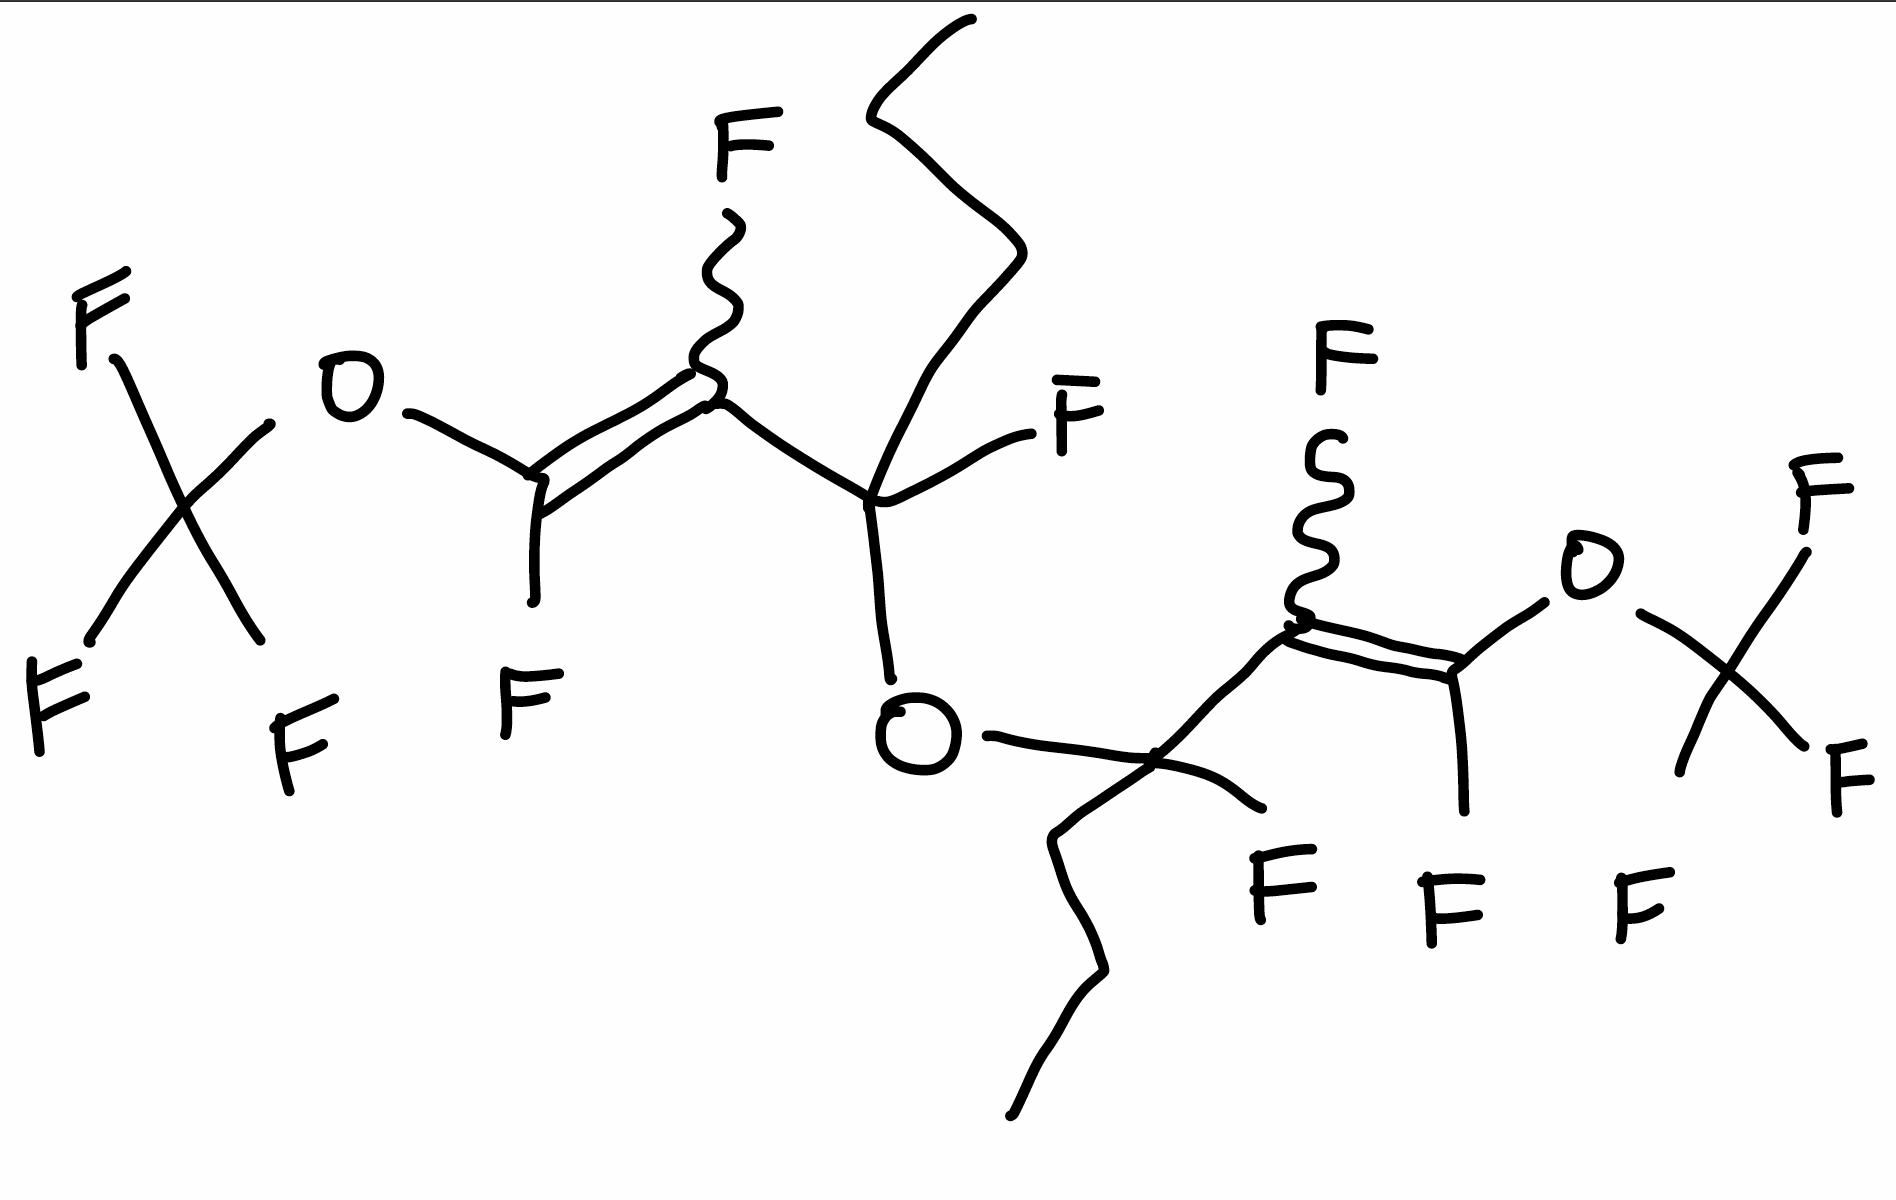
Simplified molecular-input line-entry system (SMILES) notation of the given molecule:
CCCC(C(=C(OC(F)(F)F)F)F)(OC(CCC)(C(=C(OC(F)(F)F)F)F)F)F